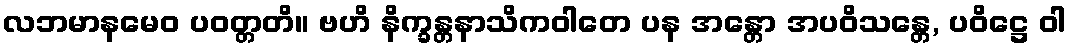
လဘမာနမေဝ ပဝတ္တတိ။ ဗဟိ နိက္ခန္တနာသိကဝါတေ ပန အန္တော အပဝိသန္တေ, ပဝိဋ္ဌေ ဝါ